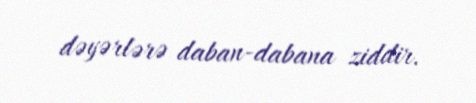
dəyərlərə daban-dabana ziddir.